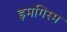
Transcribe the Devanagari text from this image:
इमगिस्म